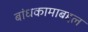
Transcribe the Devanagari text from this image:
बांधकामाबद्दल